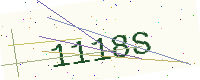
Text: 1118S